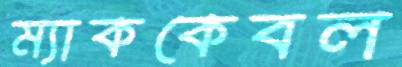
ম্যাককেবল